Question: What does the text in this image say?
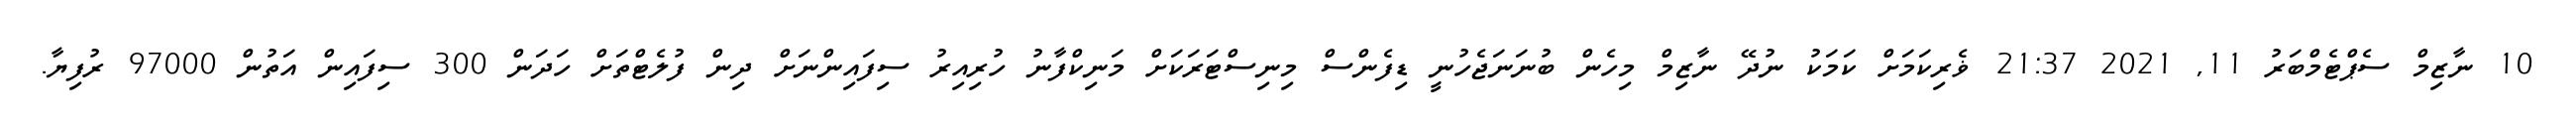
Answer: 10 ނާޒިމް ސެޕްޓެމްބަރު 11, 2021 21:37 ޥެރިކަމަށް ކަމަކު ނުދޭ ނާޒިމް މިހެން ބުނަނަޖެހުނީ ޑިފެންސް މިނިސްޓަރަކަށް މަނިކްފާނު ހުރިއިރު ސިފައިންނަށް ދިން ފުލެޓްތަށް ހަދަން 300 ސިފައިން އަތުން 97000 ރުފިޔާ.